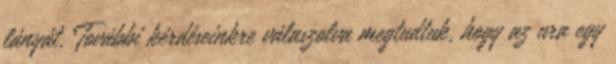
lányát. További kérdéseinkre válaszolva megtudtuk, hogy az ura egy